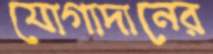
যোগাদানের